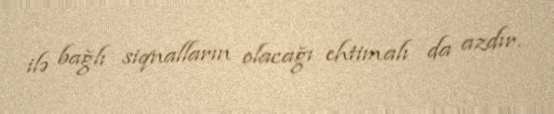
ilə bağlı siqnalların olacağı ehtimalı da azdır.